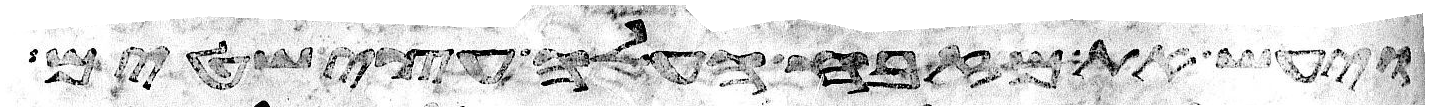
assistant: ויעש את מזבח העלה עצי שטים